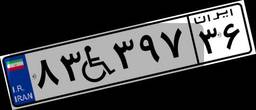
۸۳W۳۹۷۳۶